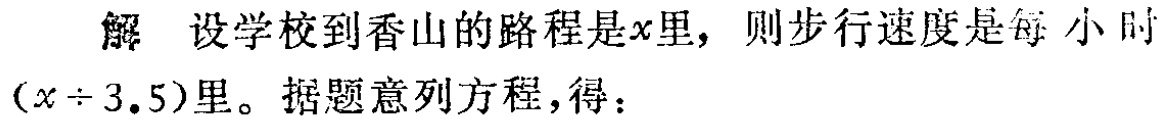
解 设学校到香山的路程是\(x\)里，则步行速度是每小时\((x\div 3.5)\)里。据题意列方程，得：